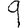
Digit: 9